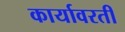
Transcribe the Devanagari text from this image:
कार्यावरती